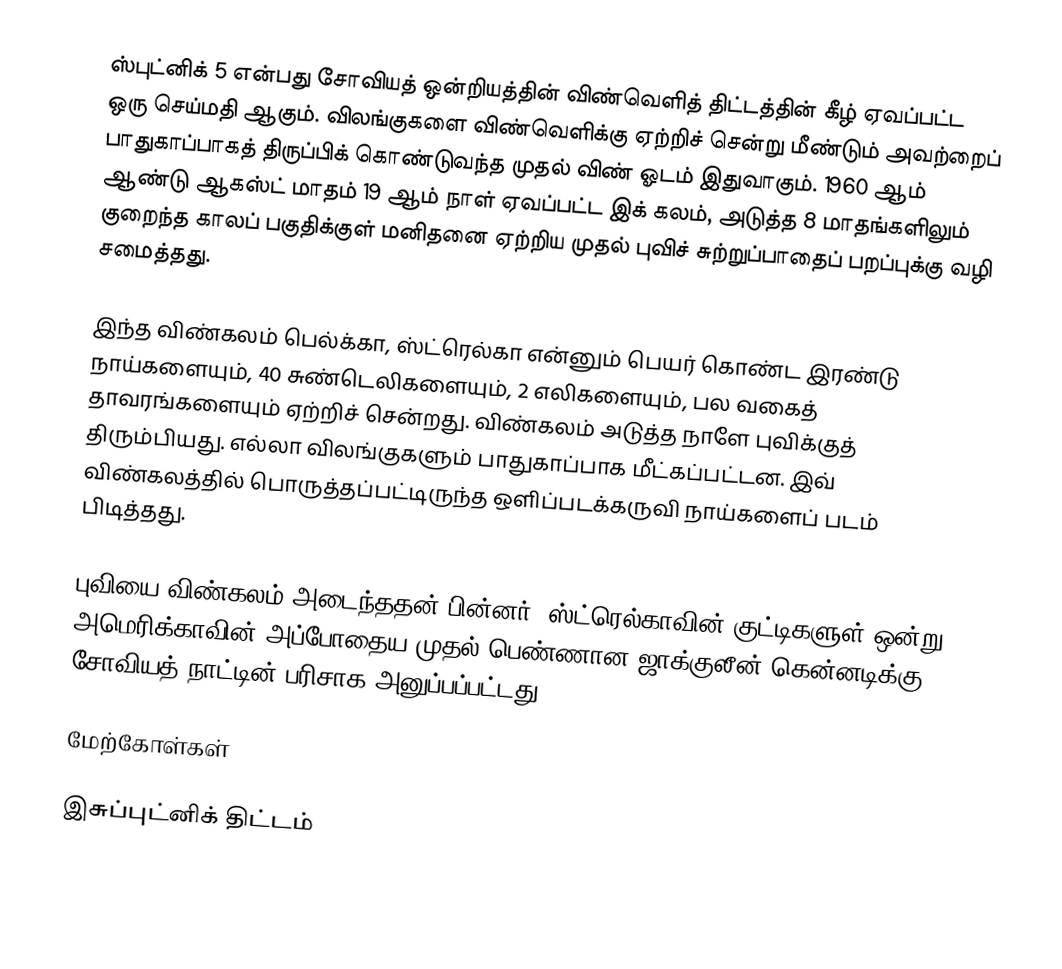
ஸ்புட்னிக் 5 என்பது சோவியத் ஒன்றியத்தின் விண்வெளித் திட்டத்தின் கீழ் ஏவப்பட்ட ஒரு செய்மதி ஆகும். விலங்குகளை விண்வெளிக்கு ஏற்றிச் சென்று மீண்டும் அவற்றைப் பாதுகாப்பாகத் திருப்பிக் கொண்டுவந்த முதல் விண் ஓடம் இதுவாகும். 1960 ஆம் ஆண்டு ஆகஸ்ட் மாதம் 19 ஆம் நாள் ஏவப்பட்ட இக் கலம், அடுத்த 8 மாதங்களிலும் குறைந்த காலப் பகுதிக்குள் மனிதனை ஏற்றிய முதல் புவிச் சுற்றுப்பாதைப் பறப்புக்கு வழி சமைத்தது.

இந்த விண்கலம் பெல்க்கா, ஸ்ட்ரெல்கா என்னும் பெயர் கொண்ட இரண்டு நாய்களையும், 40 சுண்டெலிகளையும், 2 எலிகளையும், பல வகைத் தாவரங்களையும் ஏற்றிச் சென்றது. விண்கலம் அடுத்த நாளே புவிக்குத் திரும்பியது. எல்லா விலங்குகளும் பாதுகாப்பாக மீட்கப்பட்டன. இவ் விண்கலத்தில் பொருத்தப்பட்டிருந்த ஒளிப்படக்கருவி நாய்களைப் படம் பிடித்தது.

புவியை விண்கலம் அடைந்ததன் பின்னர், ஸ்ட்ரெல்காவின் குட்டிகளுள் ஒன்று அமெரிக்காவின் அப்போதைய முதல் பெண்ணான ஜாக்குலீன் கென்னடிக்கு சோவியத் நாட்டின் பரிசாக அனுப்பப்பட்டது.

மேற்கோள்கள்

இசுப்புட்னிக் திட்டம்